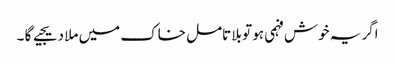
اگر یہ خوش فہمی ہو تو بلا تامل خاک میں ملا دیجیے گا ۔